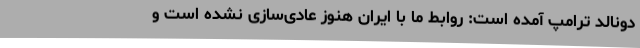
دونالد ترامپ آمده است: روابط ما با ایران هنوز عادی‌سازی نشده است و